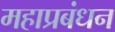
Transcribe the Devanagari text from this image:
महाप्रबंधन